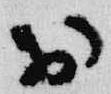
於